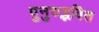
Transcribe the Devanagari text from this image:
पुनुरुद्भवित